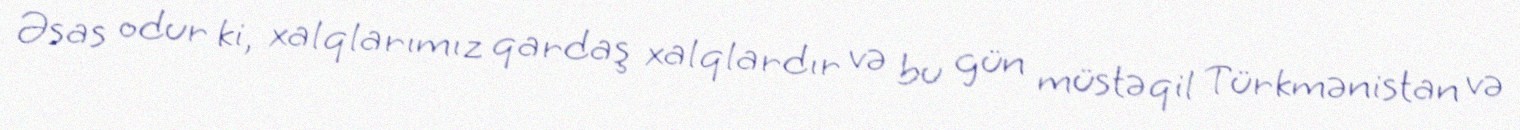
Əsas odur ki, xalqlarımız qardaş xalqlardır və bu gün müstəqil Türkmənistan və